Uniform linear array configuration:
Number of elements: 64
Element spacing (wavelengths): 0.25
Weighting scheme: cosine
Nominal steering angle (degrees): -15
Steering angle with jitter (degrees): -14.725
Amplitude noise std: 0.05
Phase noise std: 0.05

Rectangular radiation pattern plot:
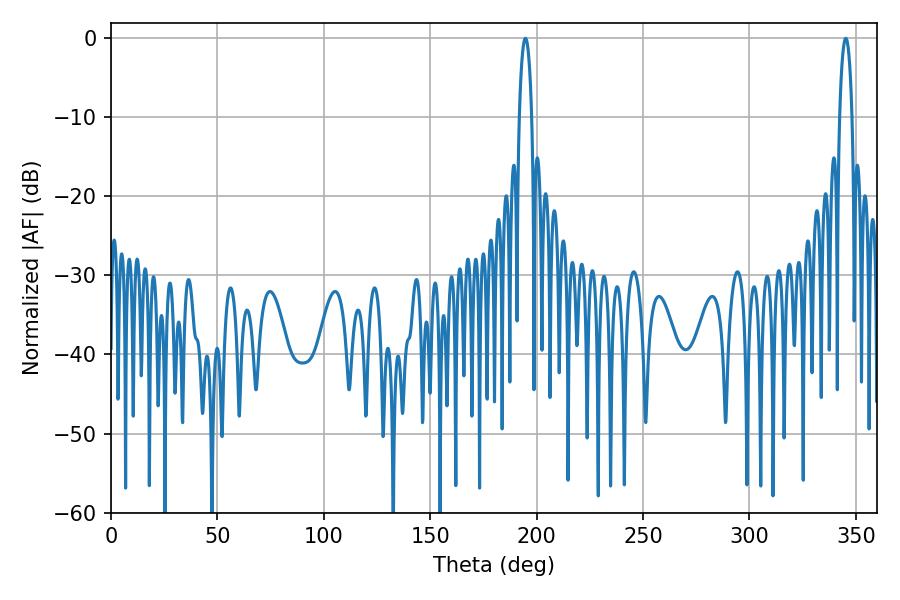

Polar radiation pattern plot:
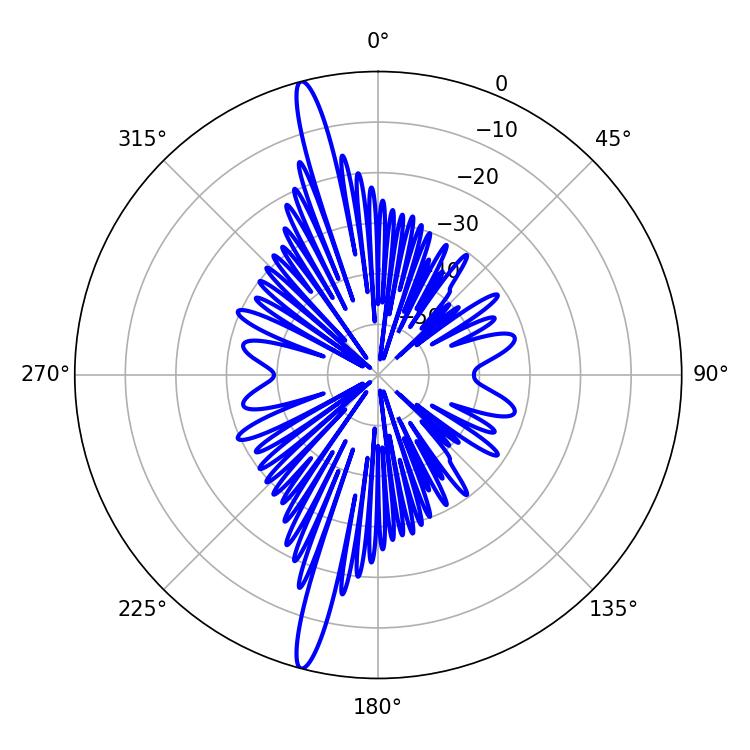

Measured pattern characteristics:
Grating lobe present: FALSE
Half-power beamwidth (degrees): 3.24
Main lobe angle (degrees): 194.76